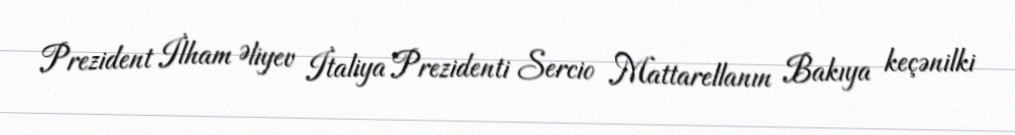
Prezident İlham Əliyev İtaliya Prezidenti Sercio Mattarellanın Bakıya keçənilki